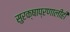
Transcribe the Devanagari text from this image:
सुरक्षाप्रणालीही